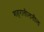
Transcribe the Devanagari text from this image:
शहरातीलतील